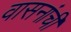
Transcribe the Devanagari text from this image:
वासनांची